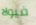
فيولا